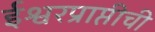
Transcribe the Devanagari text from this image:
ईश्वरप्राप्तीची